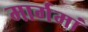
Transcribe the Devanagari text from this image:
मार्गमां